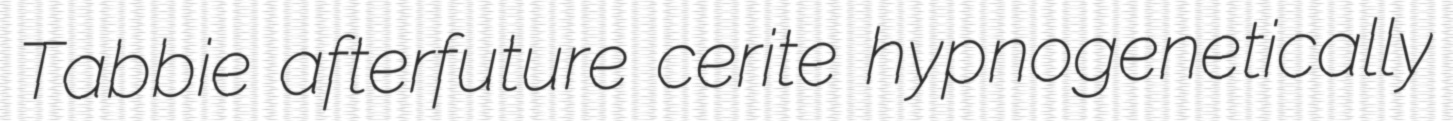
Tabbie afterfuture cerite hypnogenetically